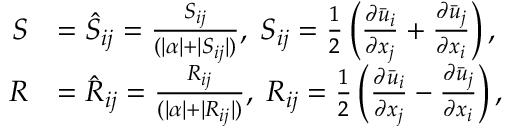
\begin{array} { r l } { \boldsymbol { S } } & { = \hat { S } _ { i j } = \frac { { S } _ { i j } } { ( | \alpha | + | S _ { i j } | ) } , \; { S } _ { i j } = \frac { 1 } { 2 } \left( \frac { \partial \bar { u } _ { i } } { \partial x _ { j } } + \frac { \partial \bar { u } _ { j } } { \partial x _ { i } } \right) , } \\ { \boldsymbol { R } } & { = \hat { R } _ { i j } = \frac { { R } _ { i j } } { ( | \alpha | + | R _ { i j } | ) } , \; { R } _ { i j } = \frac { 1 } { 2 } \left( \frac { \partial \bar { u } _ { i } } { \partial x _ { j } } - \frac { \partial \bar { u } _ { j } } { \partial x _ { i } } \right) , } \end{array}